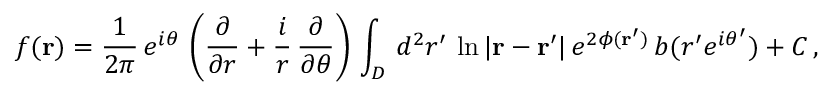
f ( { \bf r } ) = \frac { 1 } { 2 \pi } \, e ^ { i \theta } \, \left( \frac { \partial } { \partial r } + \frac { i } { r } \, \frac { \partial } { \partial \theta } \right) \, \int _ { D } \, d ^ { 2 } r ^ { \prime } \, \ln { | { \bf r - r ^ { \prime } } | } \, e ^ { 2 \phi ( { \bf r ^ { \prime } } ) } \, b ( r ^ { \prime } e ^ { i \theta ^ { \prime } } ) + C \, ,